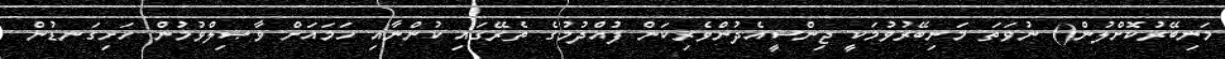
މަނިބޭރުކޮށްލުން() ނުވަތަ މަނިބޭރުވުމަކީ ޖިންސީއެދުންވެރިކަން ފުއްދުމުގެ ތެރޭގައި ކުންނާއި ހަމައަށް ވާޞިލްވުމުން ހަށިގަނޑުން